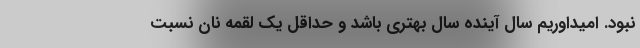
نبود. امیداوریم سال آینده سال بهتری باشد و حداقل یک لقمه نان نسبت